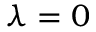
\lambda = 0